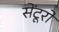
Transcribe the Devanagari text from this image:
सेंटूरों